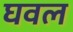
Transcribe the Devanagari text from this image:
घवल